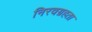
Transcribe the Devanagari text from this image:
निरवग्रहता